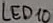
Text: LED10